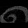
Digit: ၈